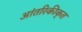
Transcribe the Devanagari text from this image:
आंतरिकीकृत